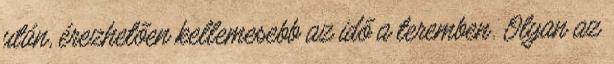
után, érezhetően kellemesebb az idő a teremben. Olyan az